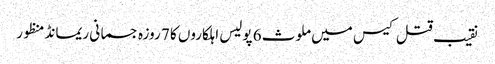
نقیب قتل کیس میں ملوث 6 پولیس اہلکاروں کا 7 روزہ جسمانی ریمانڈ منظور